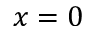
x = 0